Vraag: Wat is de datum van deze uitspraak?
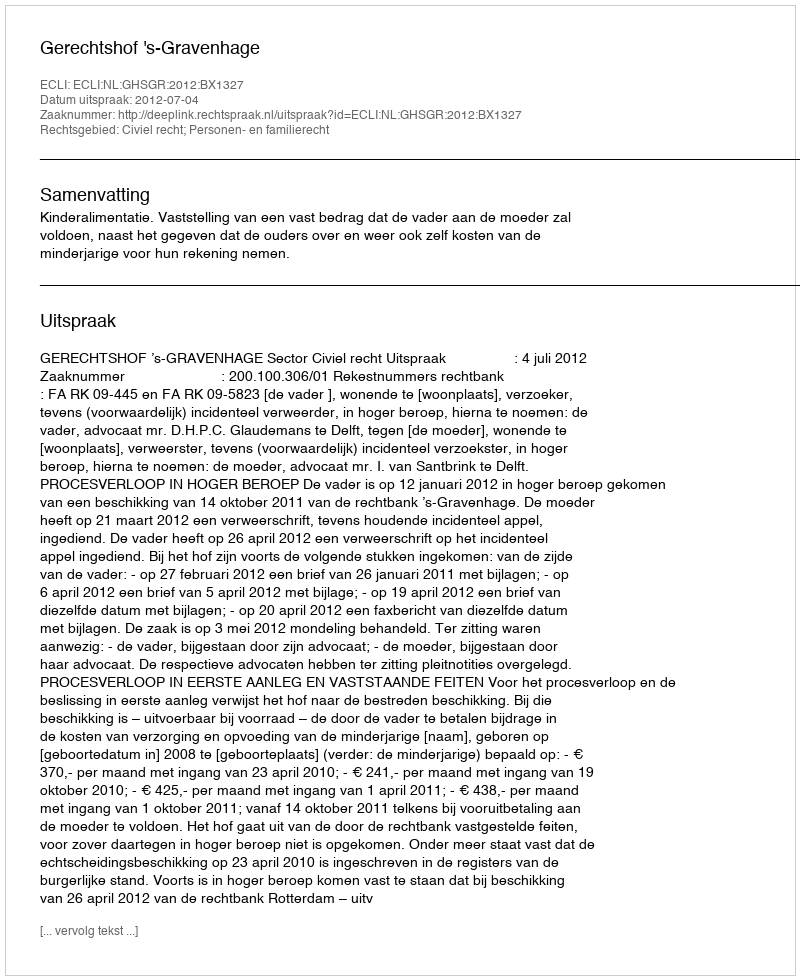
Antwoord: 2012-07-04